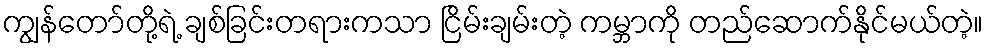
ကျွန်တော်တို့ရဲ့ ချစ်ခြင်းတရားကသာ ငြိမ်းချမ်းတဲ့ ကမ္ဘာကို တည်ဆောက်နိုင်မယ်တဲ့။